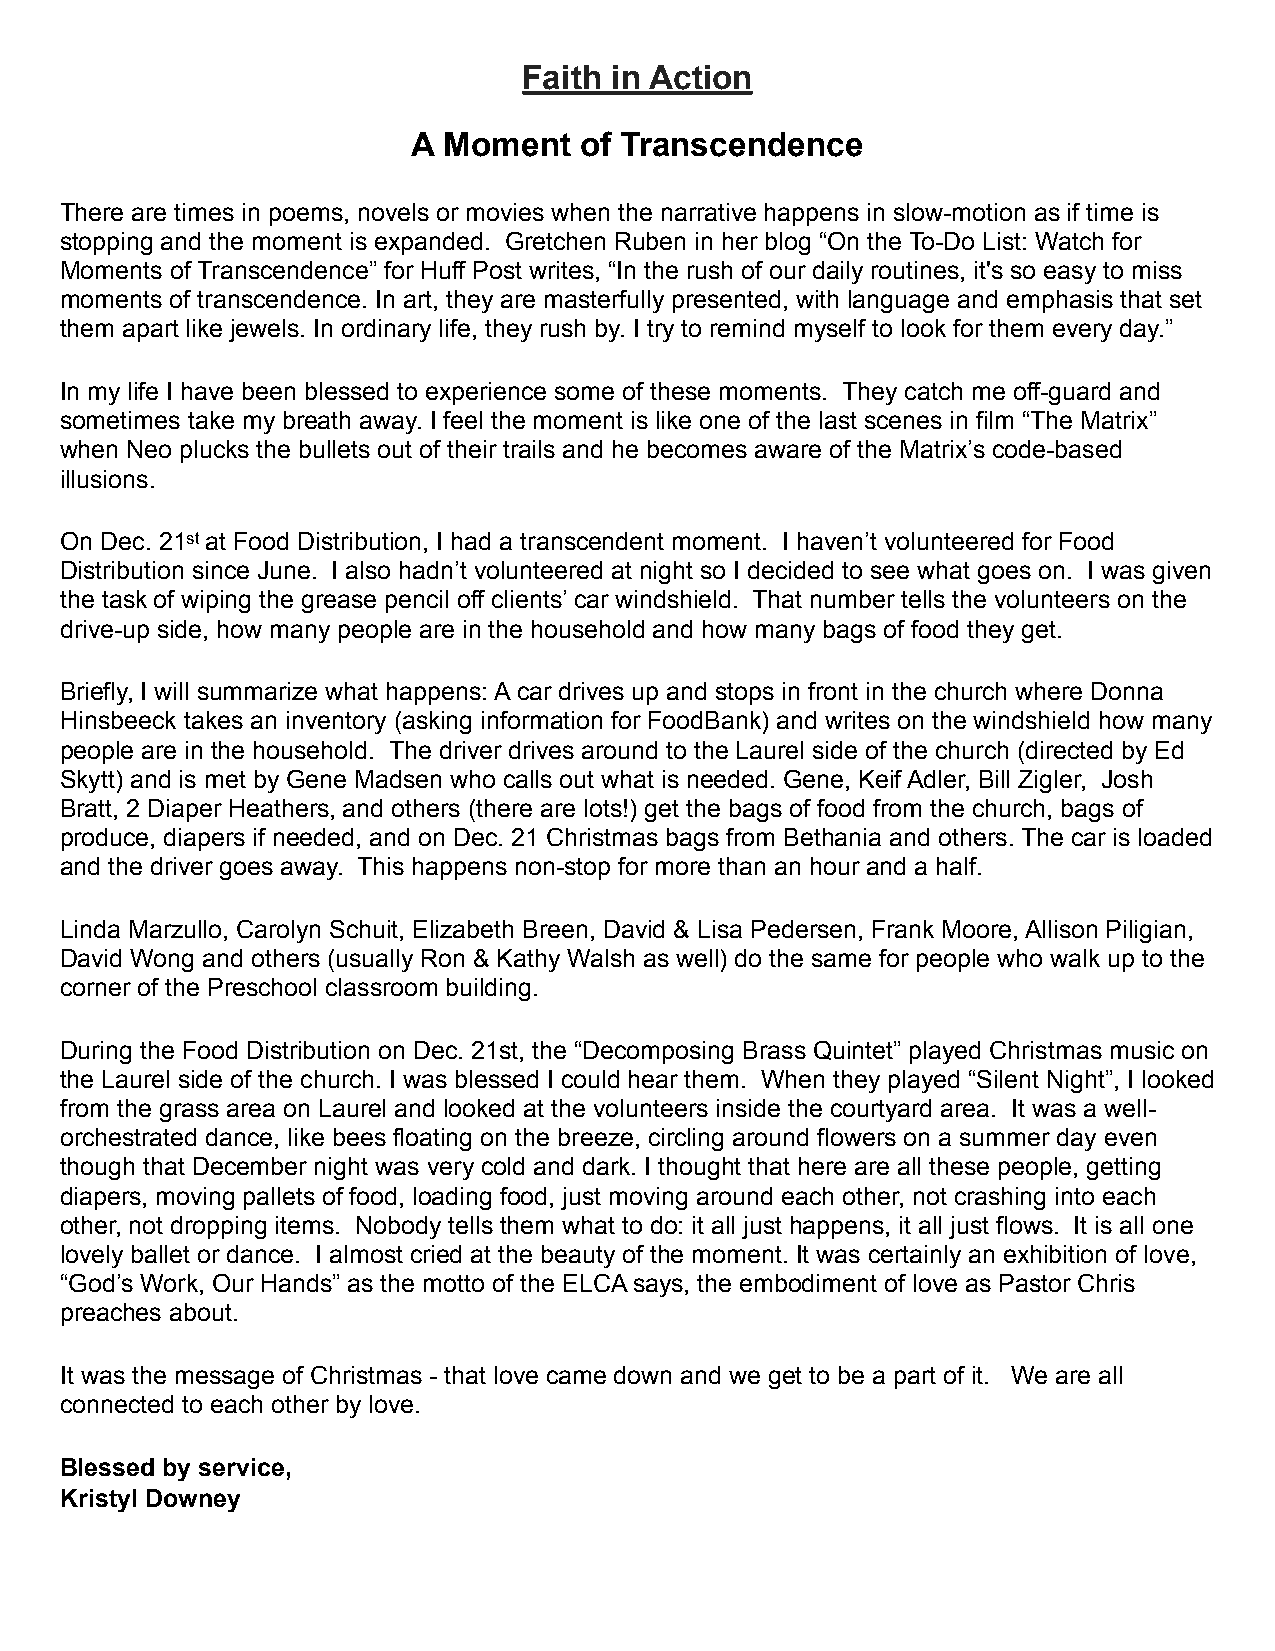
Faith in Action
 A Moment   of Transcendence
 There are times in poems, novels or movies when the narrative happens in slow-motion as if time is
 stopping and the moment is expanded. Gretchen Ruben in her blog “On the To-Do List: Watch for
 Moments of Transcendence” for Huff Post writes, “In the rush of our daily routines, it's so easy to miss
 moments of transcendence. In art, they are masterfully presented, with language and emphasis that set
 them apart like jewels. In ordinary life, they rush by. I try to remind myself to look for them every day.”
 In my life I have been blessed to experience some of these moments. They catch me off-guard and
 sometimes take my breath away. I feel the moment is like one of the last scenes in film “The Matrix”
 when Neo plucks the bullets out of their trails and he becomes aware of the Matrix’s code-based
 illusions.
 On Dec. 21st at Food Distribution, I had a transcendent moment. I haven’t volunteered for Food
 Distribution since June. I also hadn’t volunteered at night so I decided to see what goes on. I was given
 the task of wiping the grease pencil off clients’ car windshield. That number tells the volunteers on the
 drive-up side, how many people are in the household and how many bags of food they get.
 Briefly, I will summarize what happens: A car drives up and stops in front in the church where Donna
 Hinsbeeck takes an inventory (asking information for FoodBank) and writes on the windshield how many
 people are in the household. The driver drives around to the Laurel side of the church (directed by Ed
 Skytt) and is met by Gene Madsen who calls out what is needed. Gene, Keif Adler, Bill Zigler, Josh
 Bratt, 2 Diaper Heathers, and others (there are lots!) get the bags of food from the church, bags of
 produce, diapers if needed, and on Dec. 21 Christmas bags from Bethania and others. The car is loaded
 and the driver goes away. This happens non-stop for more than an hour and a half.
 Linda Marzullo, Carolyn Schuit, Elizabeth Breen, David & Lisa Pedersen, Frank Moore, Allison Piligian,
 David Wong and others (usually Ron & Kathy Walsh as well) do the same for people who walk up to the
 corner of the Preschool classroom building.
 During the Food Distribution on Dec. 21st, the “Decomposing Brass Quintet” played Christmas music on
 the Laurel side of the church. I was blessed I could hear them. When they played “Silent Night”, I looked
 from the grass area on Laurel and looked at the volunteers inside the courtyard area. It was a well-
 orchestrated dance, like bees floating on the breeze, circling around flowers on a summer day even
 though that December night was very cold and dark. I thought that here are all these people, getting
 diapers, moving pallets of food, loading food, just moving around each other, not crashing into each
 other, not dropping items. Nobody tells them what to do: it all just happens, it all just flows. It is all one
 lovely ballet or dance. I almost cried at the beauty of the moment. It was certainly an exhibition of love,
 “God’s Work, Our Hands” as the motto of the ELCA says, the embodiment of love as Pastor Chris
 preaches about.
 It was the message of Christmas - that love came down and we get to be a part of it. We are all
 connected to each other by love.
 Blessed by service,
 Kristyl Downey